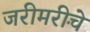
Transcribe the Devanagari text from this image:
जरीमरीचे